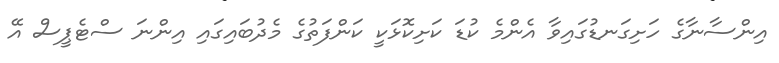
އިންސާނާގެ ހަށިގަނޑުގައިވާ އެންމެ ކުޑަ ކަށިކޮޅަކީ ކަންފަތުގެ މެދުބައިގައި އިންނަ ސްޓެޕީސް އޭ